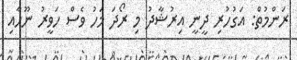
ރަންމުތް: އަގުހުރި ދީނީ އިރުޝާދު މި ރޯދަ މަހު ވެސް ހަވީރު ނޫހާއި